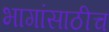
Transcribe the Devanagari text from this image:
भागांसाठीच